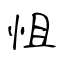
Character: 怚